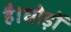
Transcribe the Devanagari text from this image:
है।घोड़ों